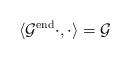
LaTeX: \begin{align*} \langle \mathcal{G}^{\mathrm{end}} \cdot ,\cdot \rangle = \mathcal{G}\end{align*}